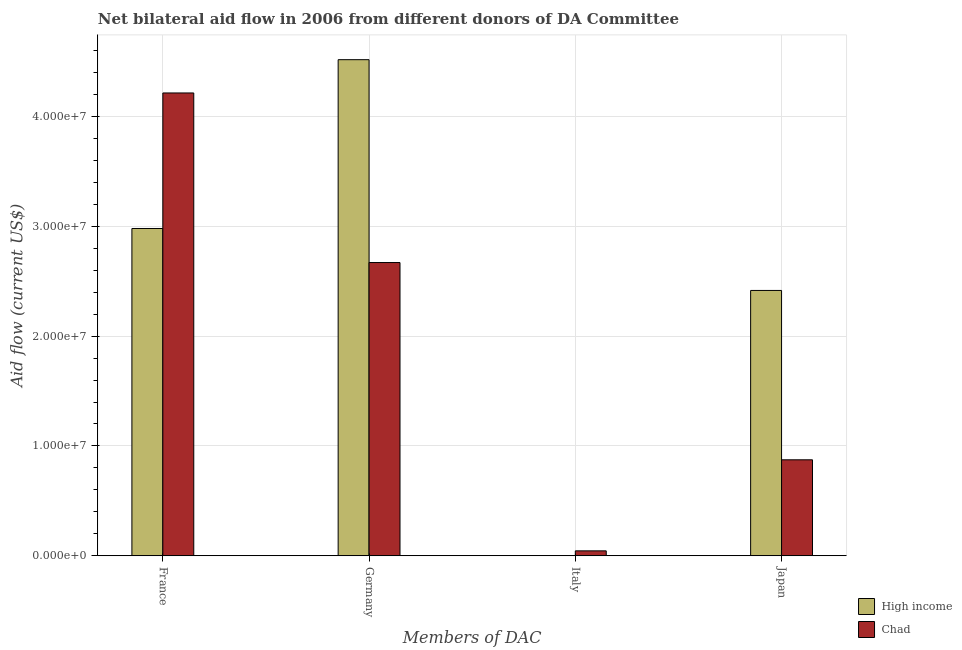
| Members of DAC | High income | Chad |
 | --- | --- | --- |
 | France | 2.98e+07 | 4.21e+07 |
 | Germany | 4.52e+07 | 2.67e+07 |
 | Italy | -8e+06 | 4.5e+05 |
 | Japan | 2.42e+07 | 8.74e+06 |